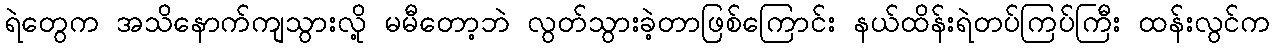
ရဲတွေက အသိနောက်ကျသွားလို့ မမီတော့ဘဲ လွတ်သွားခဲ့တာဖြစ်ကြောင်း နယ်ထိန်းရဲတပ်ကြပ်ကြီး ထန်းလွင်က